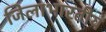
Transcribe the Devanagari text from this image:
जिलाभारतीय